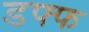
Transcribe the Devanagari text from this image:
डफ्फ